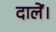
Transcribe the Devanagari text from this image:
दालें।